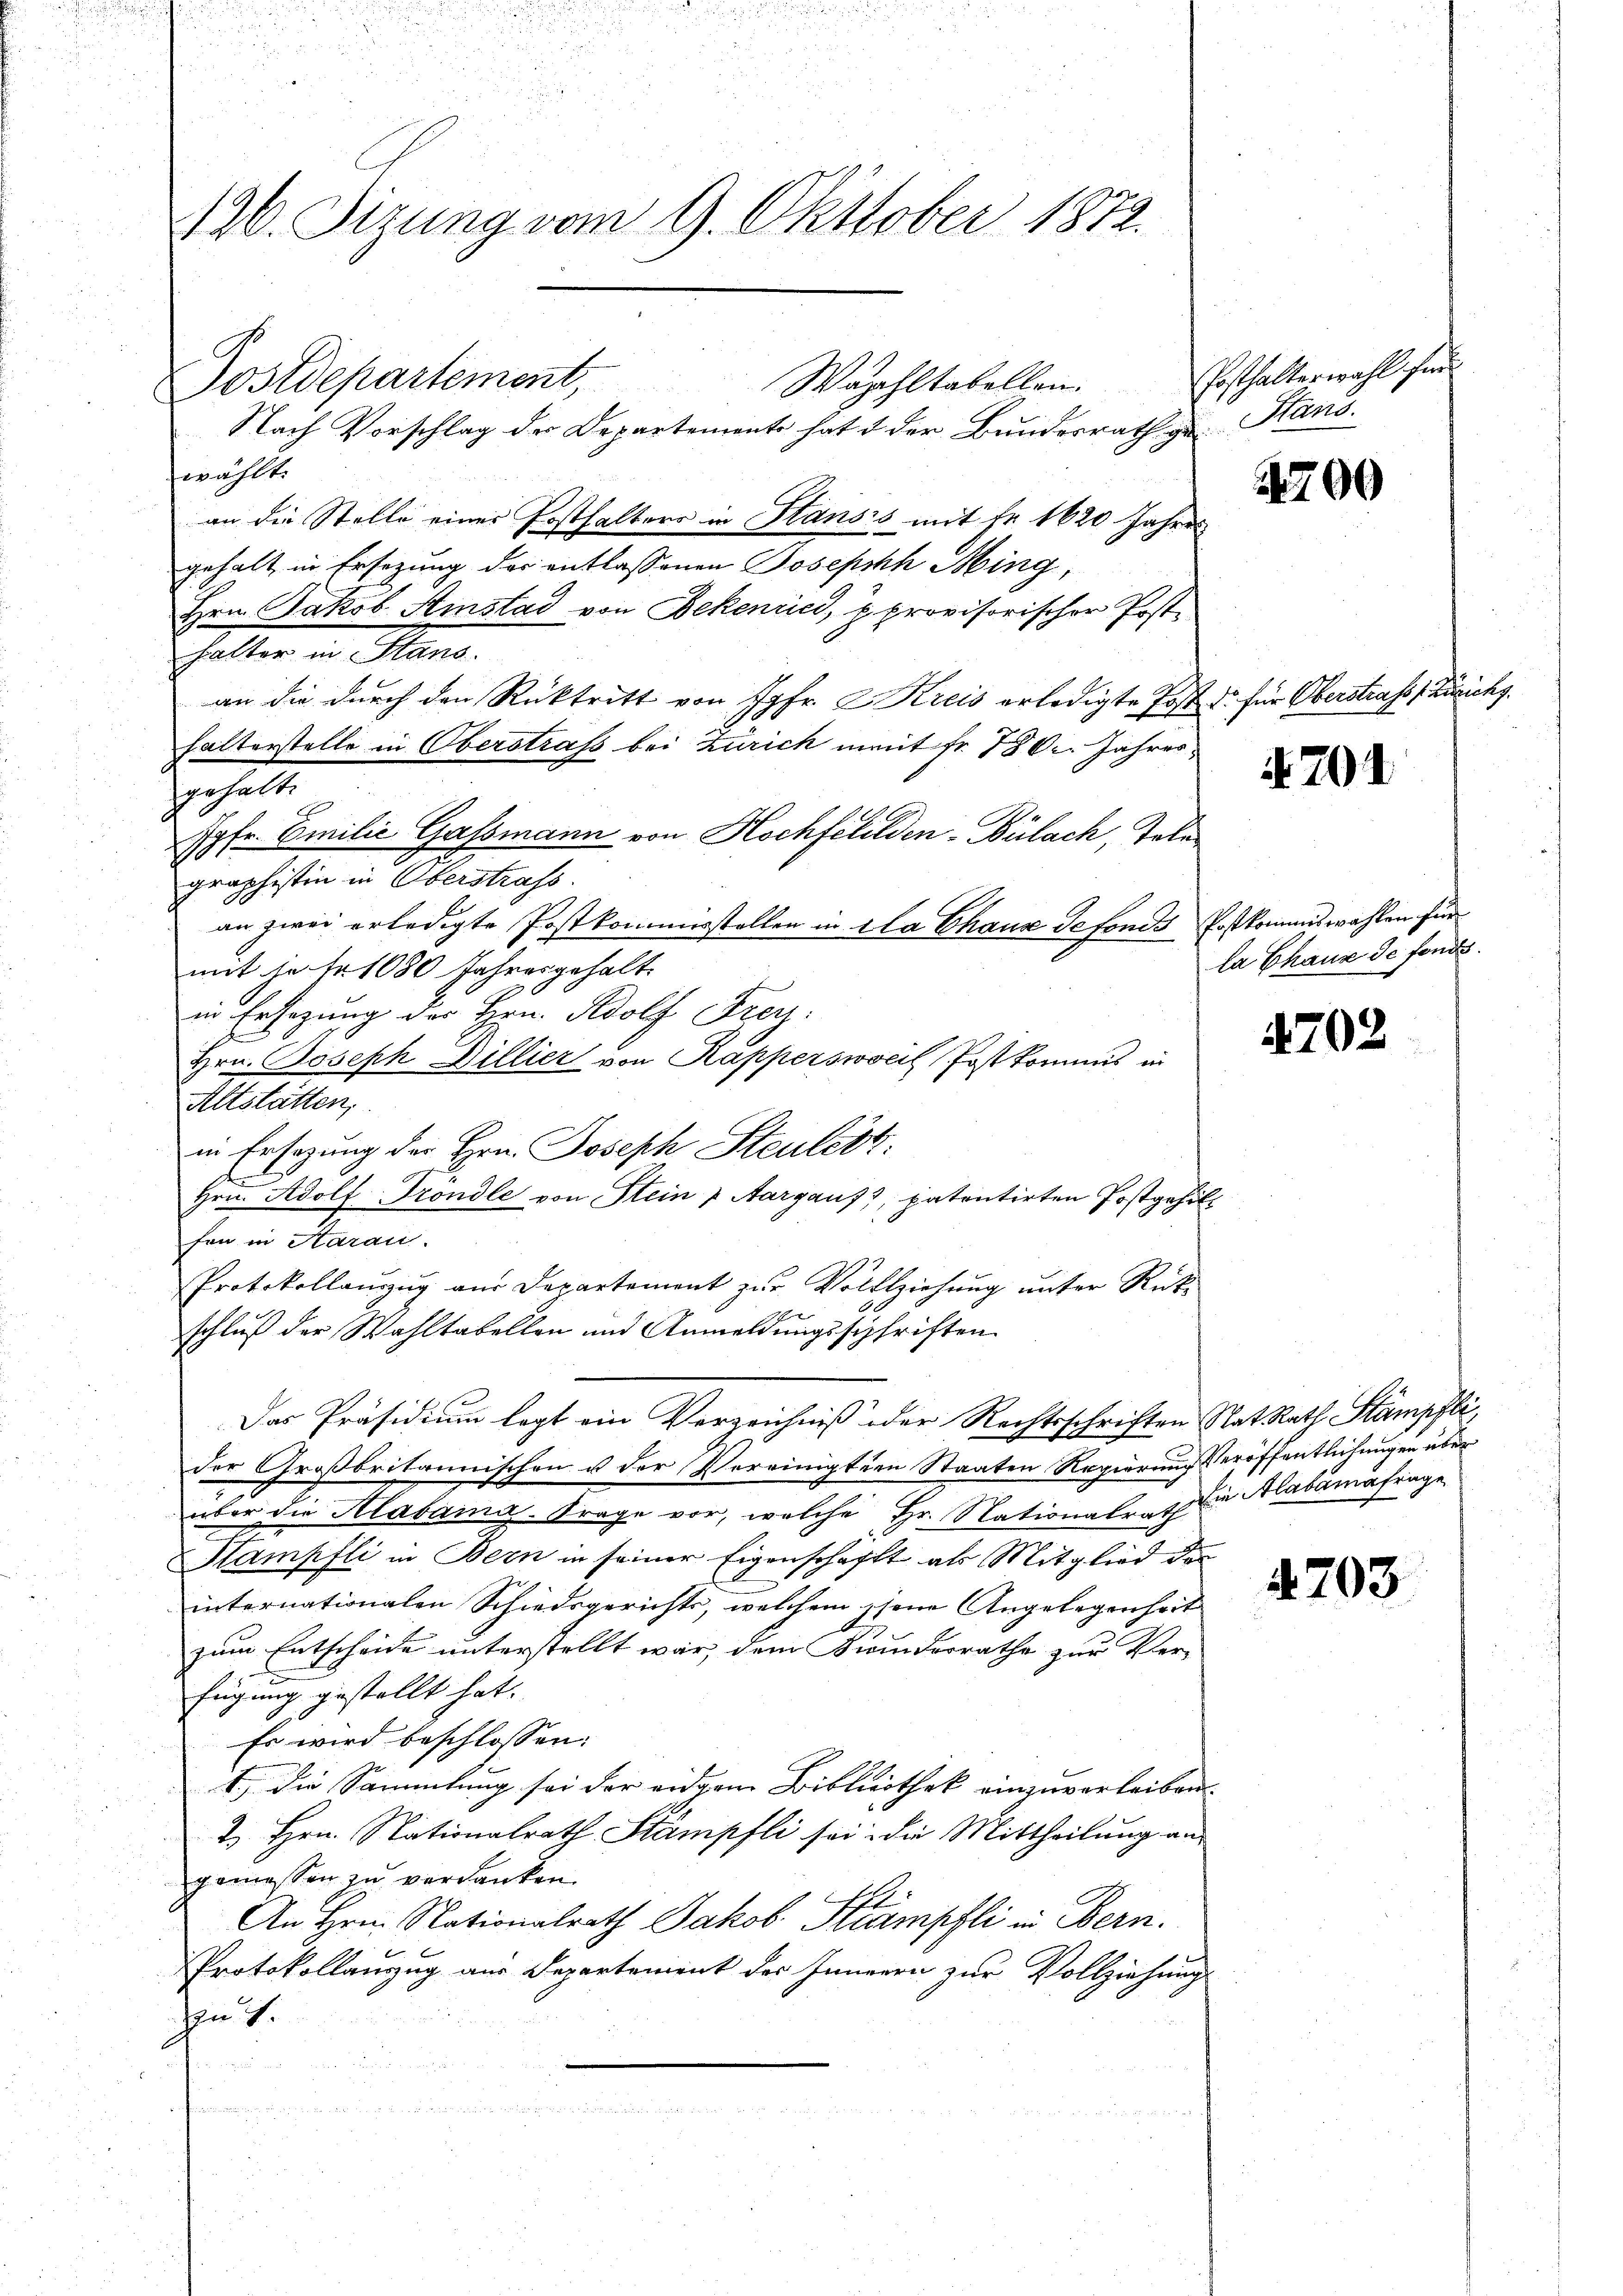
2120. Sizung vom 9. Oktober 1872.

Waphltabellen.
Nach Vorschlag der Departement hat & der Bundesrath zu Hans
gezählt.
an die Stelle einer Posthalters in Hansis mit Fr. 1620 Jahres
gehalt in Ersezung der entlassenen Joseph Ming,
Hrn. Jakob Amstad von Bekenried, u. provisorischer Posthalter in Stans.
an die durch den Rücktritt von Jgfr. 2. Kreis erledigte Post de für Oberstrafs, Zürichs
halterstelle in Oberstrafs bei Zürich mit Fr. 180. Jahres
gehalt
Jgfr. Emilie Gassmann von Hochfchilden-Bülach, Tole
graphistin in Oberstrafs
an zwei erledigte Postkommisstellen in da Chaus defonds Postkommiswahlen für
mit je fr. 1080 Jahresgehalt
in Ersezung der Hrn. Adolf Frey.
F
Hrn. Joseph Billier von Kapperswocil Postkommis in
Altstätten,
in Ersezung der Hrn. Joseph Steuert.
Hrn. Adolf Grondle von Stein Aargauf), patentirten Postgehilfen in Aarau
Protokollanzŭg aŭs Departement zŭr Vollziehŭng ŭnter Rück-
schluß der Wahltabellen und Anmeldungsschriften
Das Präsidium legt ein Verzeichniß oder Rechtsschriften Rat Rath Stampflider Großbritannischen u der Vereinigten Staaten Regierung eröffentlichungen über
über die Alabama-Frage vor, welche Hr. Nationalrat die Alabumafrage
Stampfli in Bern in seiner Eigenschaft als Mitglied der
internationalen Schiedsgerichts, welchem siene Angelegenheit
zum Entscheide unterstellt war, dem Kinderrathe zur Ver-
fügung gestellt hat.
Es wird beschlossen:
1.) Die Sammlung sei der eidgem Bibliothek einzuverleiben.
2. Hrn. Nationalrath Stampfli sei die Mittheilung an
gemessen zu verdanken.
An Hrn. Nationalrath Jakob Stampfli in Bern.
Protokollanzug aus Departement des Inneren zur Vollziehung
en 7.

Sostdepartement,

Posthalterwahl für

2790

4701

la Chause de fonds.

4702

4703.